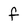
Character: f